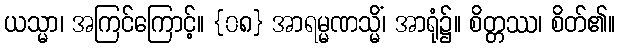
ယသ္မာ၊ အကြင်ကြောင့်။ {၀၈} အာရမ္မဏသ္မိံ၊ အာရုံ၌။ စိတ္တဿ၊ စိတ်၏။